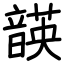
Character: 韺